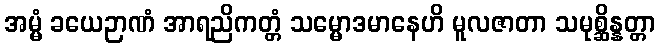
အမ္မံ ခယေဉာဏံ အာရညိကတ္တံ သမ္မောဒမာနေဟိ မူလဇာတာ သမုစ္ဆိန္နတ္တာ